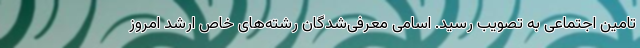
تامین اجتماعی به تصویب رسید. اسامی معرفی‌شدگان رشته‌های خاص ارشد امروز